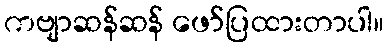
ကဗျာဆန်ဆန် ဖော်ပြထားတာပါ။